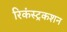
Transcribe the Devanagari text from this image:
रिकंस्ट्रकशन